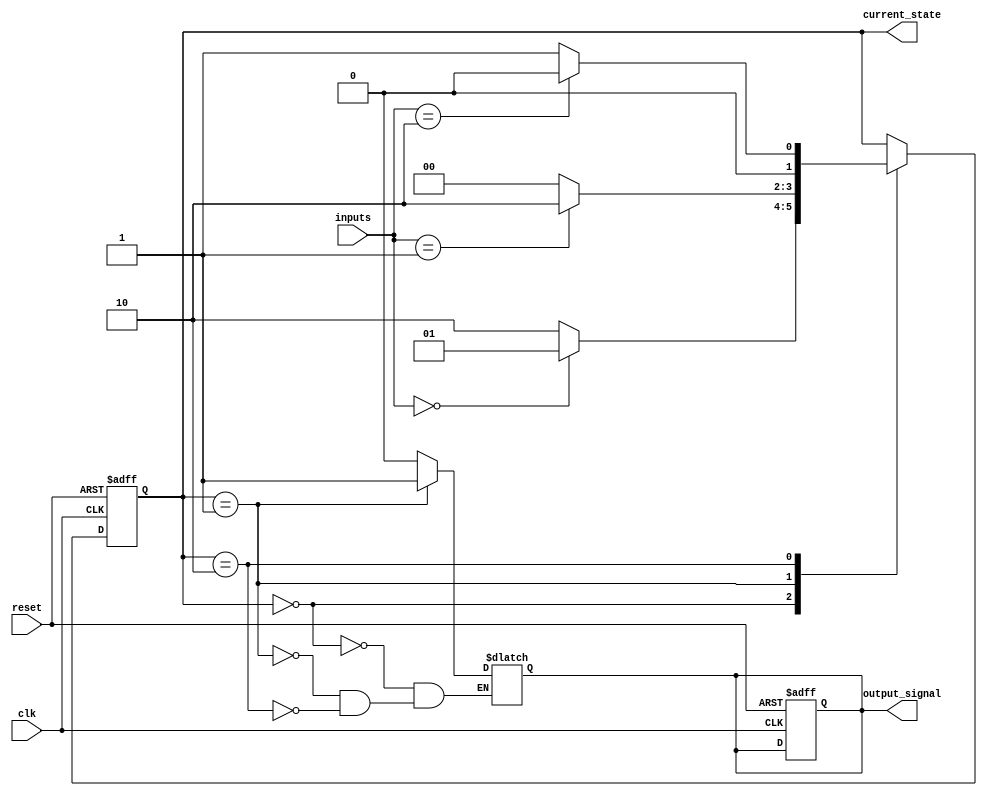
module Moore_StateMachine (
  input wire clk,
  input wire reset,
  input wire [1:0] inputs,
  output reg [1:0] current_state,
  output reg output_signal
);

// Define states
parameter STATE_A = 2'b00;
parameter STATE_B = 2'b01;
parameter STATE_C = 2'b10;

// State transition and output logic
always @(posedge clk or posedge reset) begin
  if (reset) begin
    current_state <= STATE_A;
    output_signal <= 0;
  end 
  else begin
    case (current_state)
      STATE_A: begin
        if (inputs == 2'b00)
          current_state <= STATE_B;
        else
          current_state <= STATE_C;
      end
      STATE_B: begin
        if (inputs == 2'b01)
          current_state <= STATE_C;
        else
          current_state <= STATE_A;
      end
      STATE_C: begin
        if (inputs == 2'b10)
          current_state <= STATE_A;
        else
          current_state <= STATE_B;
      end
    endcase
  end
end

// Output generation based on current state
always @* begin
  case (current_state)
    STATE_A: output_signal = 0;
    STATE_B: output_signal = 1;
    STATE_C: output_signal = 0;
  endcase
end

endmodule